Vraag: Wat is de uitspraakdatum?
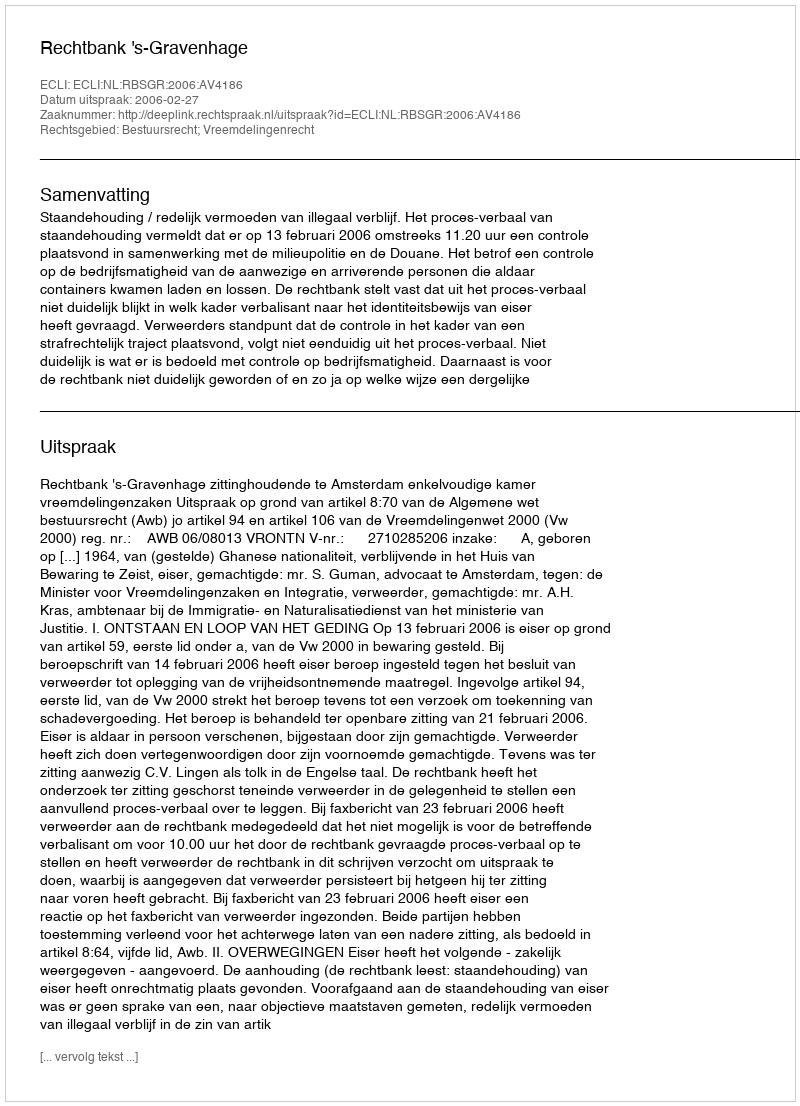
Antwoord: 2006-02-27